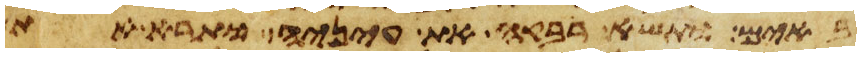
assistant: באים ותשא רבקה את עיניה ותרא את